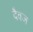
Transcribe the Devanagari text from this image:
दैवज